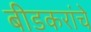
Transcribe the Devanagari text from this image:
बीडकरांचे